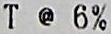
T @ 6%